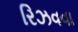
રિઝવવા